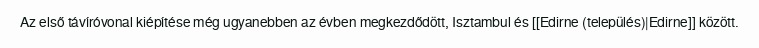
Az első távíróvonal kiépítése még ugyanebben az évben megkezdődött, Isztambul és [[Edirne (település)|Edirne]] között.